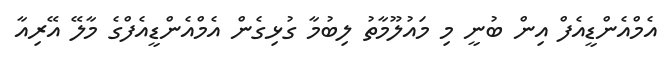
އެމްއެންޑީއެފް އިން ބުނީ މި މައުލޫމާތު ލިބުމާ ގުޅިގެން އެމްއެންޑީއެފްގެ މާލޭ އޭރިއާ